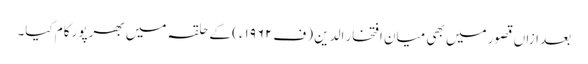
بعد ازاں قصور میں بھی میان افتخار الدین (ف۱۹۶۲ء) کے حلقہ میں بھرپور کام کیا۔